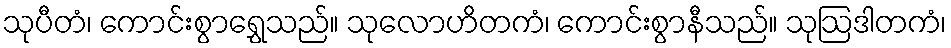
သုပီတံ၊ ကောင်းစွာရွှေသည်။ သုလောဟိတကံ၊ ကောင်းစွာနီသည်။ သုဩဒါတကံ၊